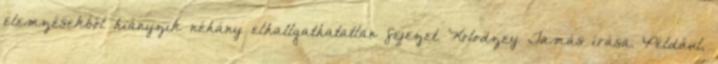
elemzésekből hiányzik néhány elhallgathatatlan fejezet. Kolodzey Tamás írása. Például,